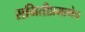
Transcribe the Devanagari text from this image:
समितीप्रमाणेच